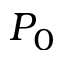
P _ { 0 }